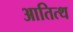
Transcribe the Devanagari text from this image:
आतित्थ